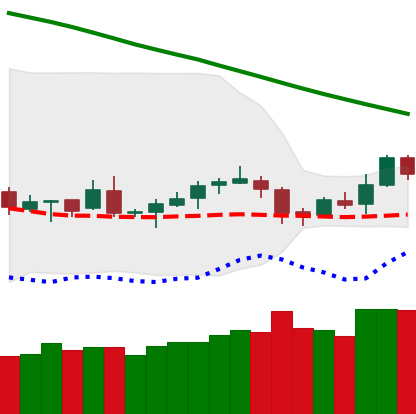
Ticker: LTC-USD
Chart end date: 2019-02-03
Forward return: 29.981%
Label: up_7plus